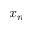
x _ { n }